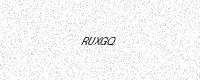
Text: RUXGQ